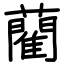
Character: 藺